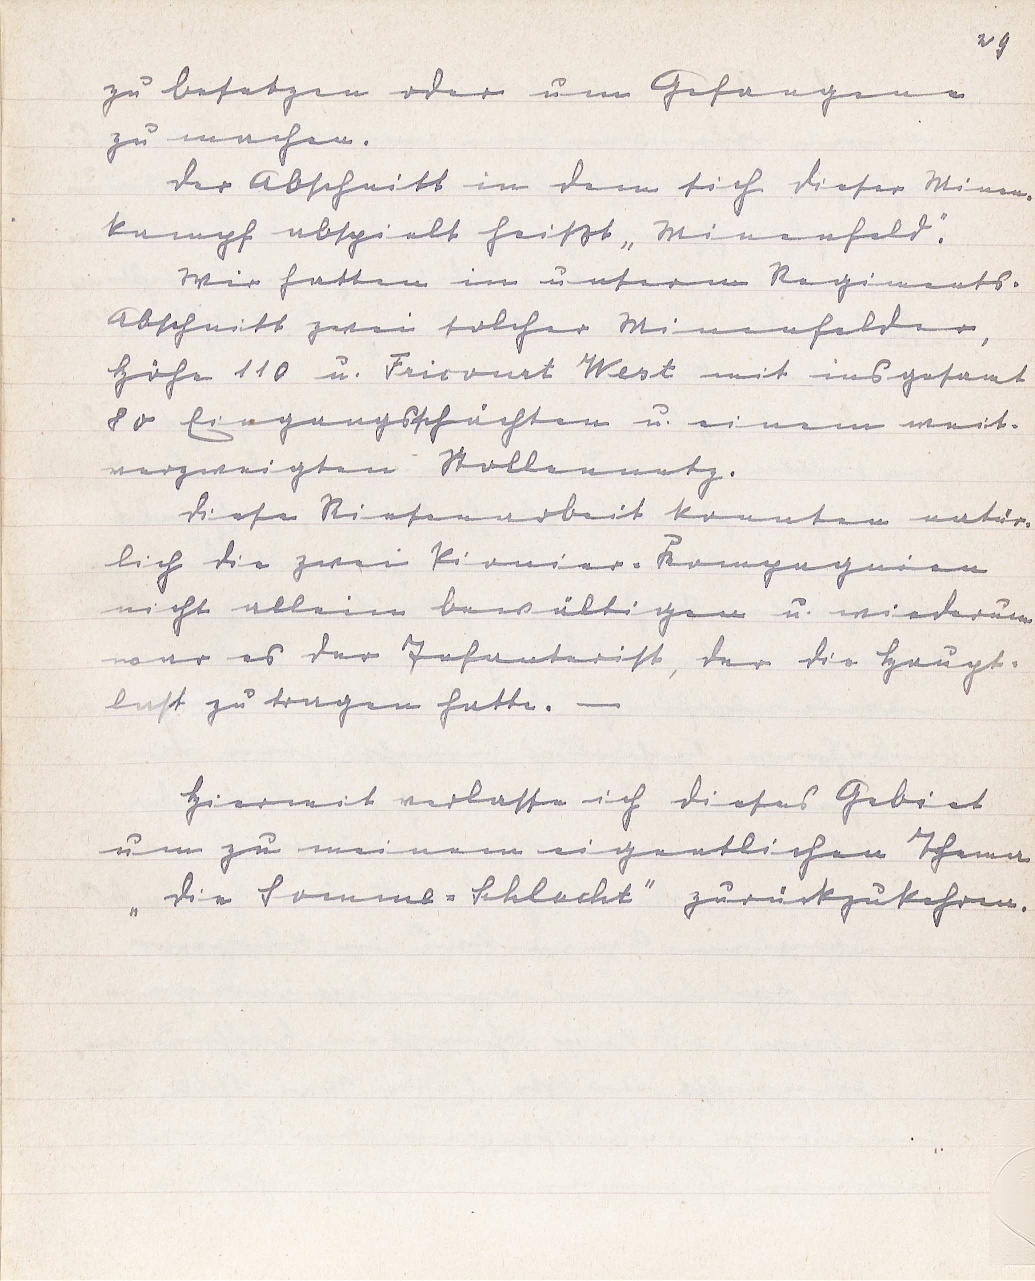
29
zu besetzen oder um Gefangene
zu machen.
Der Abschnitt in dem sich dieser Minen¬
kampf abspielt heißt "Minenfeld".
Wir hatten in unserm Regiments-
Abschnitt zwei solcher Minenfelder,
Höhe 110 u. Fricourt West mit insgesamt
80 Eingangsschächten u. einem weit
verzweigten Stollennetz.
Diese Riesenarbeit konnten natür¬
lich die zwei Pionier-Kompagnien
nicht allein bewältigen u. wiederum
war es der Infanterist, der die Haupt¬
last zu tragen hatte. -
Hiermit verlasse ich dieses Gebiet
um zu meinem eigentlichen Thema
"Die Somme-Schlacht" zurückzukehren.